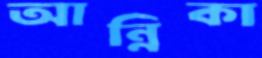
আন্নিকা